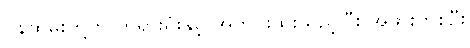
ဝန်ထမ်းတို့က တရားရုံးနှင့် အတင်းထိုးထည့်ပြီး အဖွားတစ်ဦး